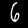
Label: 6